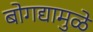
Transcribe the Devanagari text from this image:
बोगद्यामुळे